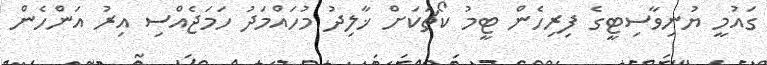
ގައުމީ ޔުނިވާސިޓީގެ ފިރިހެން ޓީމު ކޯޗަކަށް ޚާލިދު މުހައްމަދު ހަމަޖެއްސި އިރު އަންހެން